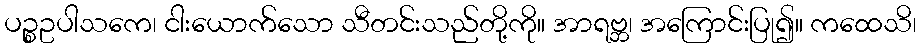
ပဉ္စဥပါသကေ၊ ငါးယောက်သော သီတင်းသည်တို့ကို။ အာရဗ္ဘ၊ အကြောင်းပြု၍။ ကထေသိ၊